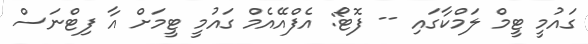
ގައުމީ ޓީމް ލަމްކާގައި -- ފޮޓޯ: އެފްއޭއެމް ގައުމީ ޓީމަށް އާ ފިޓްނަސް